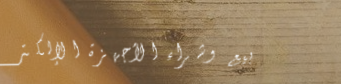
بيع وشراء الأجهزة الإلكتر